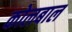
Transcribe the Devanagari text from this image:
कोलबाल